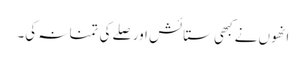
انھوں نے کبھی ستائش اور صلے کی تمنا نہ کی۔